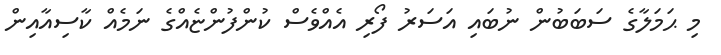
މި ޙަމަލާގެ ސަބަބުން ނުބައި އަސަރު ފޯރި އެއްވެސް ކުންފުންޏެއްގެ ނަމެއް ކާސިއާއިން